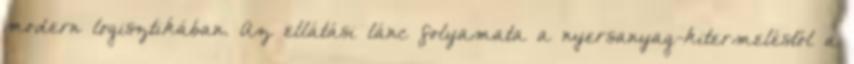
modern logisztikában. Az ellátási lánc folyamata a nyersanyag-kitermeléstől a